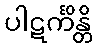
ပါဋင်္ကိန္တိ